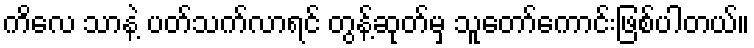
ကိလေ သာနဲ့ ပတ်သက်လာရင် တွန့်ဆုတ်မှ သူတော်ကောင်းဖြစ်ပါတယ်။